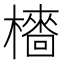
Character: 𣞋